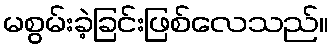
မစွမ်းခဲ့ခြင်းဖြစ်လေသည်။